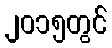
၂၀၁၅တွင်